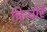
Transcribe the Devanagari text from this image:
चिन्चोरे